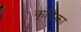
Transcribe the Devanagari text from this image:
कृषिका